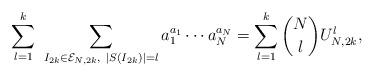
LaTeX: \begin{align*}\sum_{l=1 }^k \ \sum_{I_{2k} \in \mathcal{E}_{N,2k},\ |S(I_{2k})|=l} a_1^{a_1}\cdots a_N^{a_N}=\sum_{l=1}^k \binom{N}{l}U_{N,2k}^l,\end{align*}